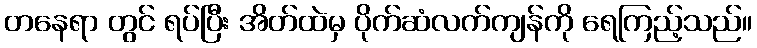
တနေရာ တွင် ရပ်ပြီး အိတ်ထဲမှ ပိုက်ဆံလက်ကျန်ကို ရေကြည့်သည်။